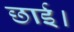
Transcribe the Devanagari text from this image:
छाई।